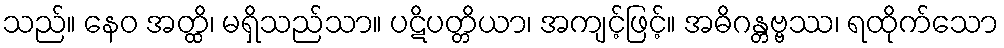
သည်။ နေဝ အတ္ထိ၊ မရှိသည်သာ။ ပဋိပတ္တိယာ၊ အကျင့်ဖြင့်။ အဓိဂန္တဗ္ဗဿ၊ ရထိုက်သော